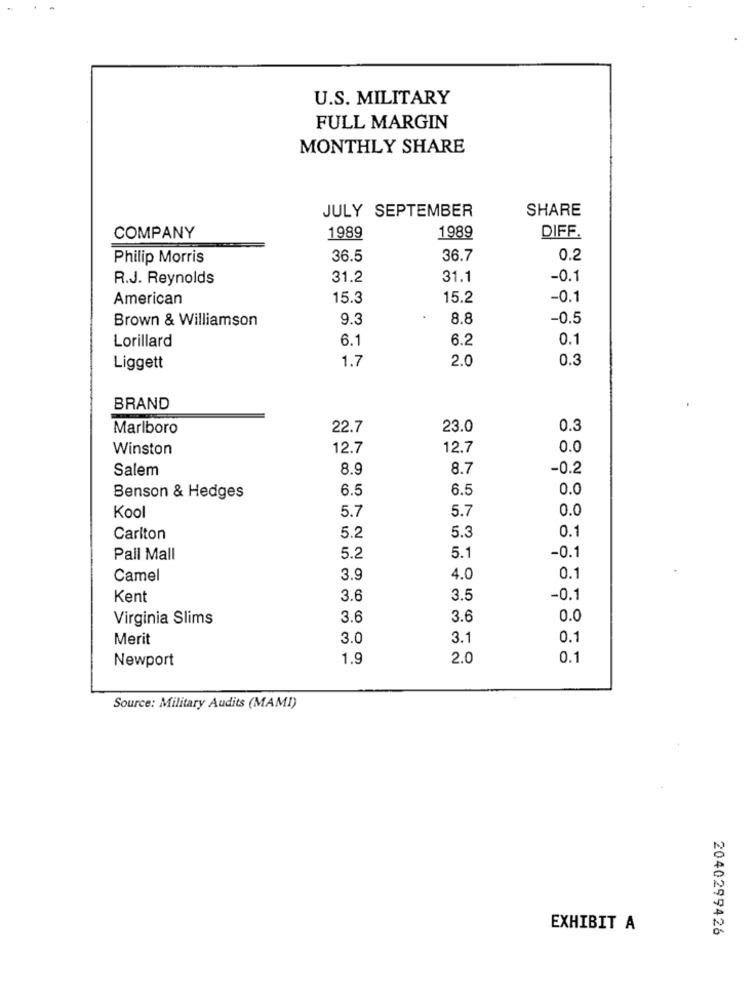
U.S. MILITARY
FULL MARGIN
MONTHLY SHARE
JULY SEPTEMBER
SHARE
1989
COMPANY
1989
DIFF.
Philip Morris
36.5
36.7
0.2
R.J. Reynolds
31.2
31.1
-0.1
American
15.3
15.2
-0.1
Brown & Williamson
9.3
8.8
-0.5
Lorillard
6.1
6.2
0.1
1.7
2.0
0.3
Liggett
BRAND
Marlboro
22.7
23.0
0.3
Winston
12.7
12.7
0.0
Salem
8.9
8.7
-0.2
6.5
6.5
0.0
Benson & Hedges
5.7
5.7
0.0
Kool
5.3
0.1
Carlton
5.2
5.1
Pall Mall
5.2
-0.1
Camel
3.9
4.0
0.1
Kent
3.6
3.5
-0.1
Virginia Slims
3.6
3.6
0.0
Merit
3.0
3.1
0.1
Newport
1.9
2.0
0.1
Source: Military Audits (MAMI)
EXHIBIT A
2040299426